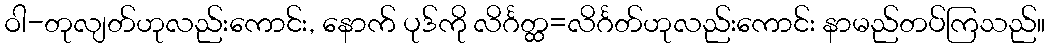
ဝါ-တုလျတ်ဟုလည်းကောင်း, နောက် ပုဒ်ကို လိင်္ဂတ္ထ=လိင်္ဂတ်ဟုလည်းကောင်း နာမည်တပ်ကြသည်။